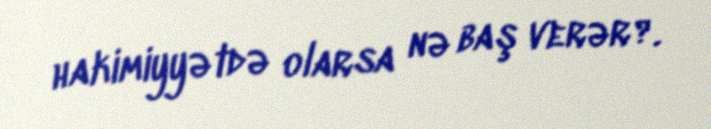
hakimiyyətdə olarsa nə baş verər?.